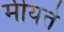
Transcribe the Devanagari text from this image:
मीयते